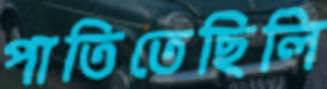
পাতিতেছিলি